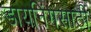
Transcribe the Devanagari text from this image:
डायनिंगसाठी